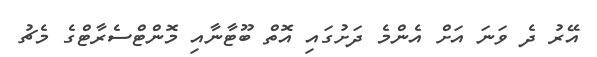
އޭރު ދެ ވަނަ އަށް އެންމެ ދަށުގައި އޮތް ބޫޓާނާއި މޮންޓްސެރާޓްގެ މެޗު